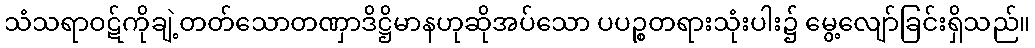
သံသရာဝဋ်ကိုချဲ့တတ်သောတဏှာဒိဋ္ဌိမာနဟုဆိုအပ်သော ပပဉ္စတရားသုံးပါး၌ မွေ့လျော်ခြင်းရှိသည်။